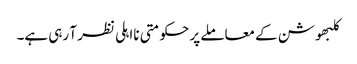
کلبھوشن کے معاملے پر حکومتی نااہلی نظر آ رہی ہے۔